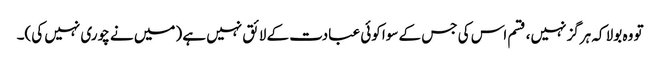
تو وہ بولا کہ ہرگز نہیں، قسم اس کی جس کے سوا کوئی عبادت کے لائق نہیں ہے (میں نے چوری نہیں کی)۔